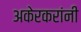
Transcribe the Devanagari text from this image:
अकेरकरांनी